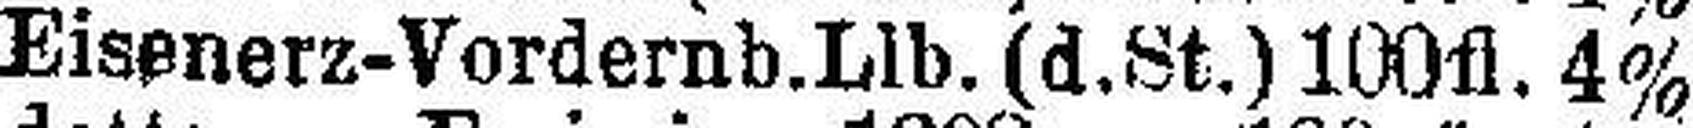
Eisenerz-Vordernb.Llb. (d.St.) 100 fl. 4%